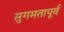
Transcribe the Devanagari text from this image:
सुगमतापूर्व